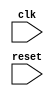
module negative_edge_trigger(
    input wire clk,
    input wire reset
);

always @(negedge clk) begin
    // Code to be executed on negative edge of the clock signal
    if(!reset) begin
        // Reset logic
    end else begin
        // Behavior on negative edge
    end
end

endmodule